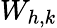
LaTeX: W_{h,k}